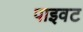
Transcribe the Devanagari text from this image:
पाइवट